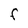
Character: F